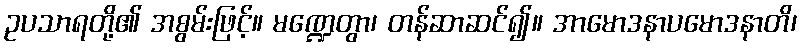
ဥပသာရတို့၏ အစွမ်းဖြင့်။ မဏ္ဍေတွာ၊ တန်ဆာဆင်၍။ အာမောဒနာပမောဒနာတိ၊